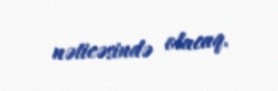
nəticəsində olacaq.